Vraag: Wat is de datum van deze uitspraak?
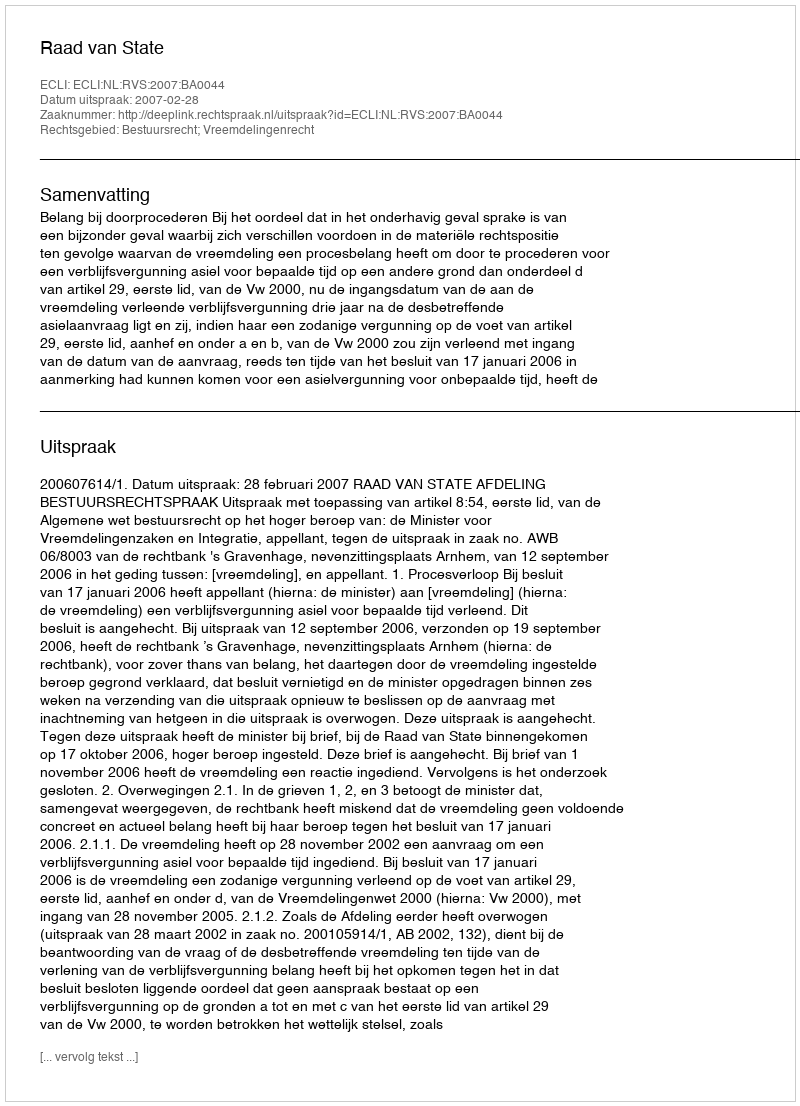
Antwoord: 2007-02-28